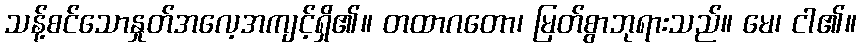
သန့်စင်သောနှုတ်အလေ့အကျင့်ရှိ၏။ တထာဂတော၊ မြတ်စွာဘုရားသည်။ မေ၊ ငါ၏။